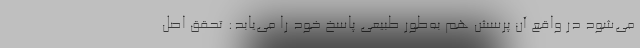
می‌شود در واقع آن پرسش هم به‌طور طبیعی پاسخ خود را می‌یابد: تحقق اصل